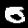
Label: 0